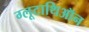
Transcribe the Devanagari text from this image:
ग्लूटाथिऑन